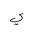
Letter: _ya